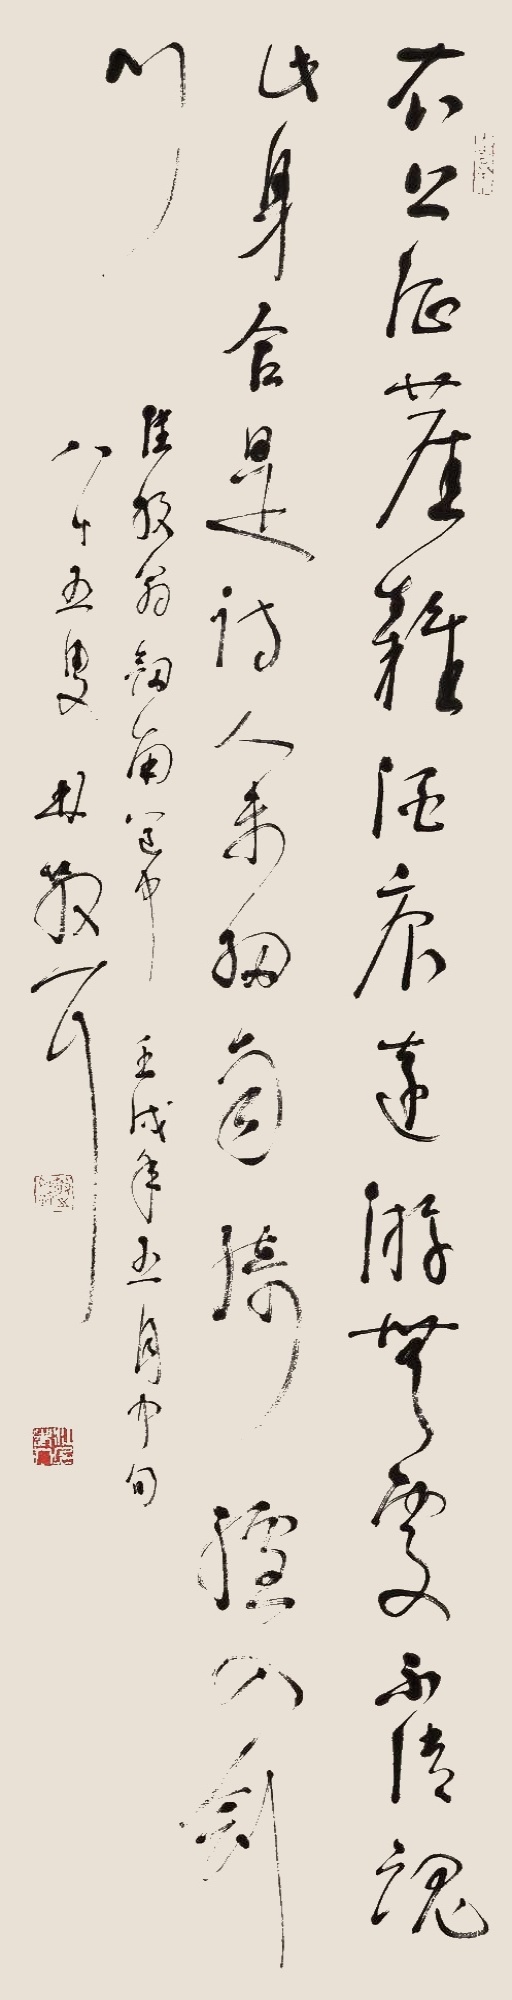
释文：衣上征尘杂酒痕，远游无处不消魂。此身合是诗人未，细雨骑驴入剑门。陆放翁剑门道中，壬戌年五月中旬。八十五叟，林散耳。